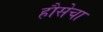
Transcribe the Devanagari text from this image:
हौसेचा